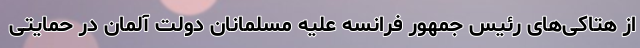
از هتاکی‌های رئیس جمهور فرانسه علیه مسلمانان دولت آلمان در حمایتی